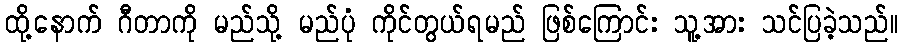
ထို့နောက် ဂီတာကို မည်သို့ မည်ပုံ ကိုင်တွယ်ရမည် ဖြစ်ကြောင်း သူ့အား သင်ပြခဲ့သည်။